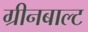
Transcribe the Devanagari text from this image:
ग्रीनबाल्ट